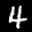
Label: 4